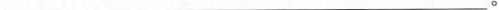
___。